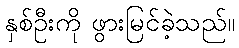
နှစ်ဦးကို ဖွားမြင်ခဲ့သည်။